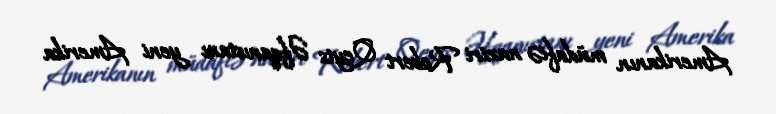
Amerikanın müdafiə naziri Robert Qeyts Əfqanıstanı yeni Amerika